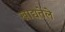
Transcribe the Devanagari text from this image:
खाद्यतेले